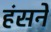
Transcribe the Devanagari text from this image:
हंसनें